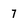
Character: 7